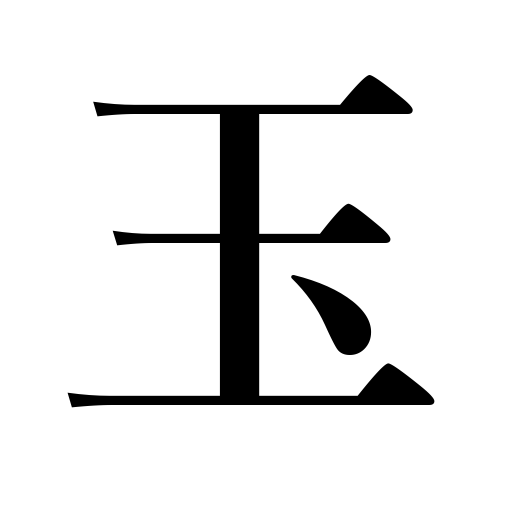
Meanings: gem,margin in stocks,bowl,jewel,ball,cat’s paw,pretty girl,jade,sphere,lens,bullet,precious stone,tool,person,billiards,shell,shot,testicles,bulb